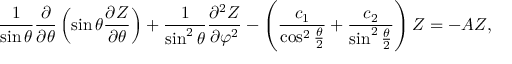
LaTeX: \frac { 1 } { \sin \theta } \frac { \partial } { \partial \theta } \left( \sin \theta \frac { \partial Z } { \partial \theta } \right) + \frac { 1 } { \sin ^ { 2 } \theta } \frac { \partial ^ { 2 } Z } { \partial \varphi ^ { 2 } } - \left( \frac { c _ { 1 } } { \cos ^ { 2 } \frac { \theta } { 2 } } + \frac { c _ { 2 } } { \sin ^ { 2 } \frac { \theta } { 2 } } \right) Z = - A Z ,